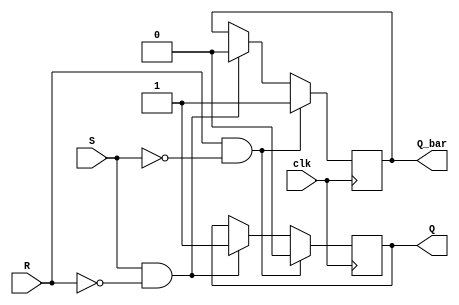
module sr_flipflop (
    input wire S,
    input wire R,
    input wire clk,
    output reg Q,
    output reg Q_bar
);

always @(posedge clk) begin
    if (R == 1'b1 && S == 1'b0) begin
        Q <= 1'b0;
        Q_bar <= 1'b1;
    end else if (S == 1'b1 && R == 1'b0) begin
        Q <= 1'b1;
        Q_bar <= 1'b0;
    end
    // When both inputs are low, the flip-flop maintains its current state
end

endmodule